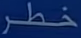
خطر